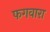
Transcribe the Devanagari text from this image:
फगवारा